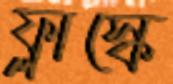
ফ্লাস্কে